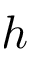
h